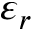
\varepsilon _ { r }